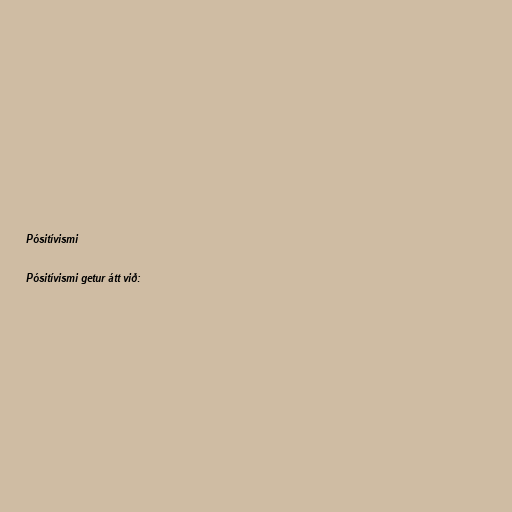
Pósitívismi

Pósitívismi getur átt við: